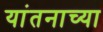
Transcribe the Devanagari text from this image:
यांतनाच्या